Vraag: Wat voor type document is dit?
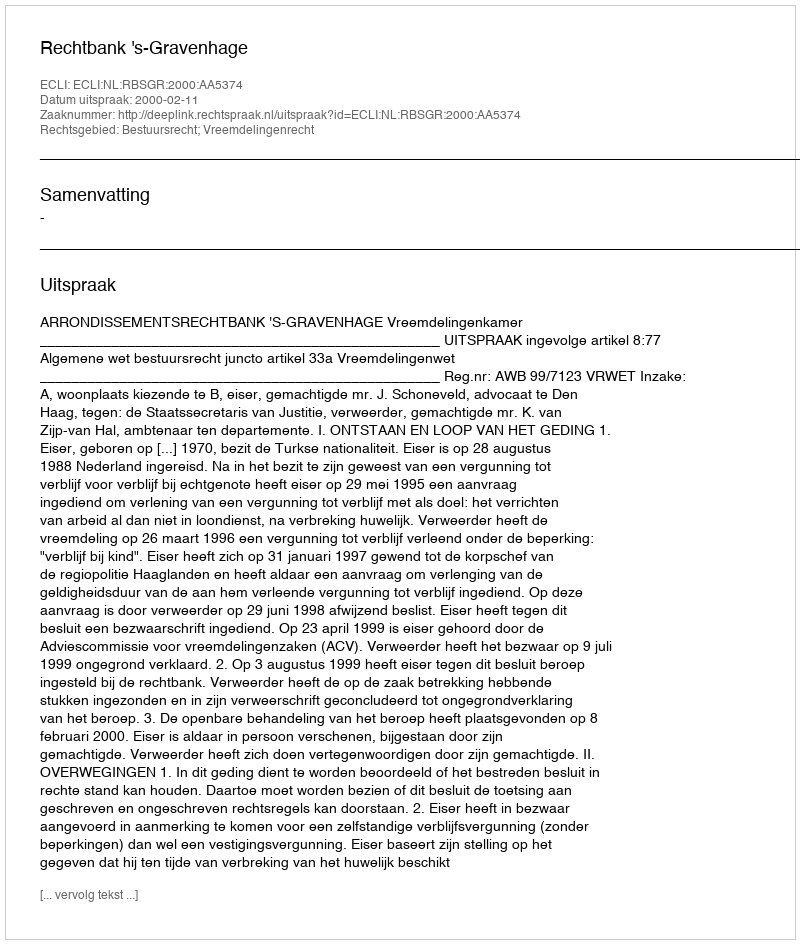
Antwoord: Uitspraak